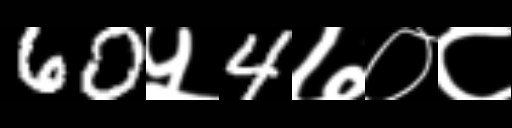
Text: 60५4७०८